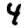
Digit: 4